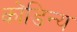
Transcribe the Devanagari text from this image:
कोंडिन्य